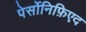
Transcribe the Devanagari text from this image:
पेर्सोनिफ़िएद